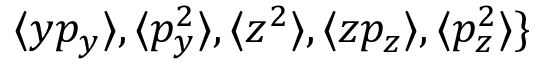
\langle y p _ { y } \rangle , \langle p _ { y } ^ { 2 } \rangle , \langle z ^ { 2 } \rangle , \langle z p _ { z } \rangle , \langle p _ { z } ^ { 2 } \rangle \}